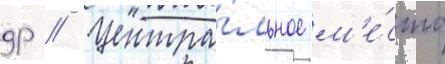
др // Центра́льное м'е́сто